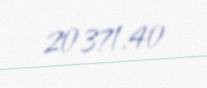
20371,40